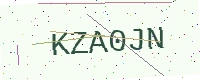
Text: KZA0JN